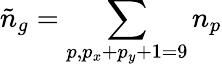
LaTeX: \tilde{n}_{g}=\sum_{p,p_{x}+p_{y}+1=9}n_{p}